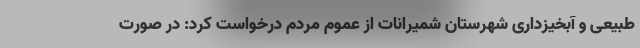
طبیعی و آبخیزداری شهرستان شمیرانات از عموم مردم درخواست کرد: در صورت